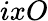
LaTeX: ixO